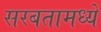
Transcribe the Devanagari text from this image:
सरबतामध्ये